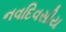
નવદિવસીય